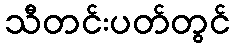
သီတင်းပတ်တွင်